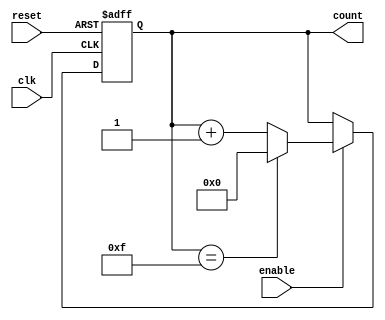
module binary_counter (
    input wire clk,          // Clock signal
    input wire reset,        // Asynchronous reset signal
    input wire enable,       // Enable signal
    output reg [3:0] count   // 4-bit output count
);

// Maximum count value for a 4-bit counter
localparam MAX_COUNT = 4'b1111; // 15 in decimal

// Always block triggered on the rising edge of the clock
always @(posedge clk or posedge reset) begin
    if (reset) begin
        // Asynchronous reset: set count to 0
        count <= 4'b0000;
    end else if (enable) begin
        // Increment the count if enabled
        if (count == MAX_COUNT) begin
            count <= 4'b0000; // Wrap around to 0
        end else begin
            count <= count + 1; // Increment count
        end
    end
end

endmodule